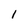
Character: 1